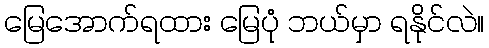
မြေအောက်ရထား မြေပုံ ဘယ်မှာ ရနိုင်လဲ။